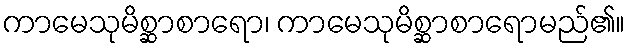
ကာမေသုမိစ္ဆာစာရော၊ ကာမေသုမိစ္ဆာစာရောမည်၏။